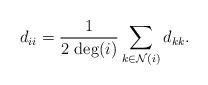
LaTeX: \begin{align*}d_{ii}=\frac{1}{2\, \deg(i)} \sum_{k\in\mathcal{N}(i)}d_{kk}.\end{align*}